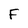
Character: F